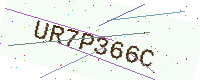
Text: UR7P366C